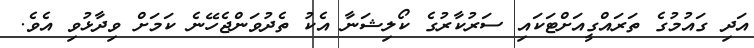
އަދި ގައުމުގެ ތަރައްގީއަށްޓަކައި ސަރުކާރުގެ ކޯލިޝަނާ އެކު ތެދުވަންޖެހޭނެ ކަމަށް ވިދާޅުވި އެވެ.